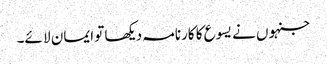
جنہوں نے یسوع کا کارنامہ دیکھا تو ایمان لا ئے۔